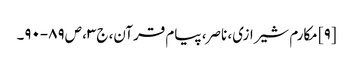
[۹] مکارم شیرازی، ناصر، پیام قرآن، ج‌۳، ص‌۸۹-۹۰۔